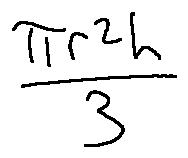
\frac { \pi r ^ { 2 } h } { 3 }